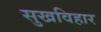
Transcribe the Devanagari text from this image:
सुखविहार